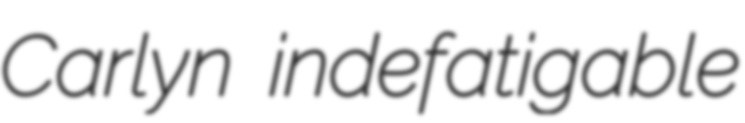
Carlyn indefatigable